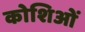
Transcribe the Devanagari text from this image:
कोशिओं